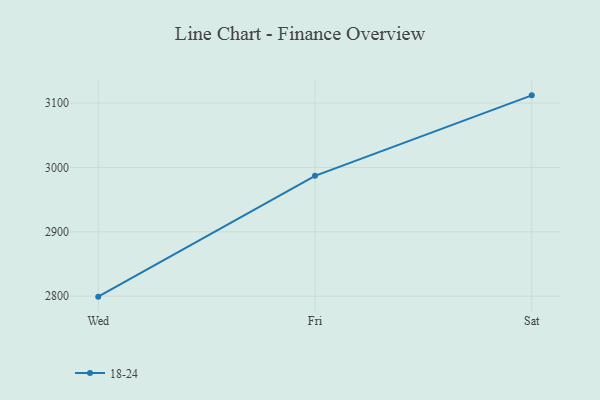
{"axis": {"x": "Day", "y": "Shipments"}, "legend": ["18-24"], "data": [{"x": "Wed", "y": 2799.3, "type": "18-24"}, {"x": "Fri", "y": 2987.1, "type": "18-24"}, {"x": "Sat", "y": 3112.1, "type": "18-24"}]}